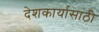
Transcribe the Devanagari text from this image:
देशकार्यासाठी